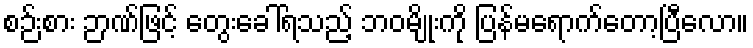
စဉ်းစား ဉာဏ်ဖြင့် တွေးခေါ်ရသည့် ဘဝမျိုးကို ပြန်မရောက်တော့ပြီလော။